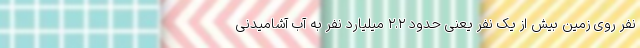
نفر روی زمین بیش از یک نفر یعنی حدود ۲.۲ میلیارد نفر به آب آشامیدنی